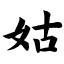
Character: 姑